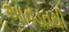
આવડતથી